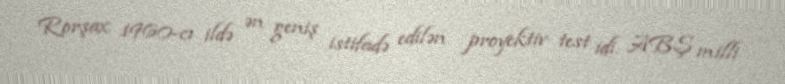
Rorşax 1960-cı ildə ən geniş istifadə edilən proyektiv test idi. ABŞ milli